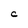
Character: C